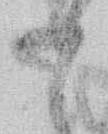
か